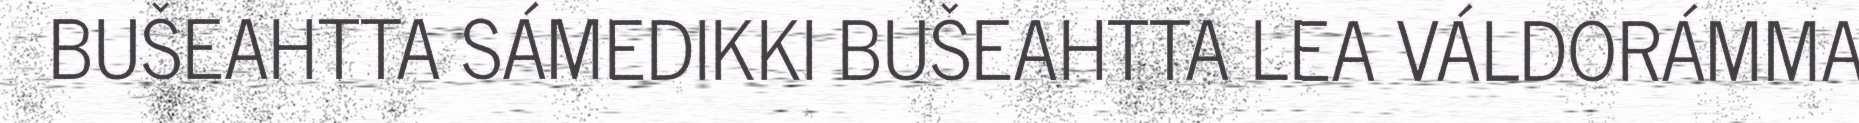
BUŠEAHTTA SÁMEDIKKI BUŠEAHTTA LEA VÁLDORÁMMA